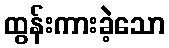
ထွန်းကားခဲ့သော